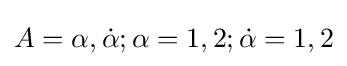
A=\alpha ,{\dot {\alpha }};\alpha =1,2;{\dot {\alpha }}=1,2